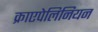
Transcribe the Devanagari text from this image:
क्राएपेलिनियन